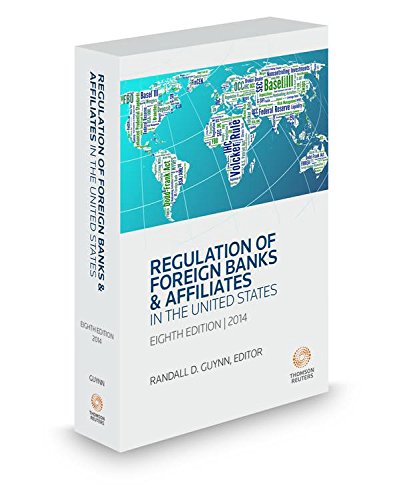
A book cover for Regulation of Foreign Banks & Affiliates in the United States, 2014 ed.; Mark Plotkin; Law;